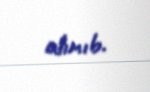
alınıb.